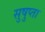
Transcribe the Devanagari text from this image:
सुषुप्ता